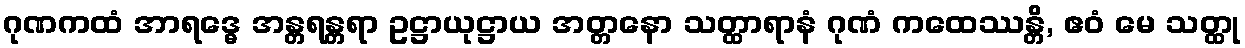
ဂုဏကထံ အာရဒ္ဓေ အန္တရန္တရာ ဥဋ္ဌာယုဋ္ဌာယ အတ္တနော သတ္ထာရာနံ ဂုဏံ ကထေဿန္တိ, ဧဝံ မေ သတ္ထု